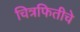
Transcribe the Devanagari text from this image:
चित्रफितीचे